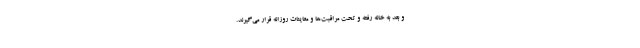
و بعد به خانه رفته و تحت مراقبت‌ها و معاینات روزانه قرار می‌گیرند.